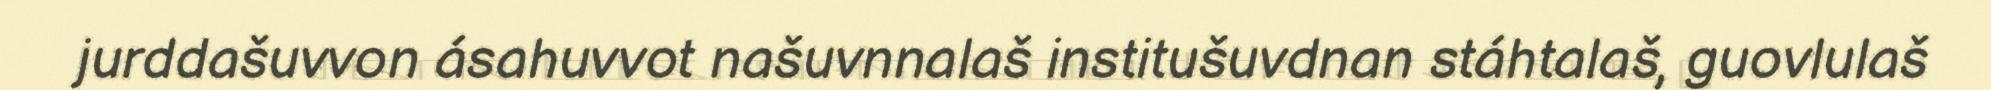
jurddašuvvon ásahuvvot našuvnnalaš institušuvdnan stáhtalaš, guovlulaš